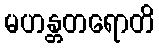
မဟန္တတရောတိ